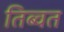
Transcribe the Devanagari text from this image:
तिब्वत